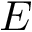
E